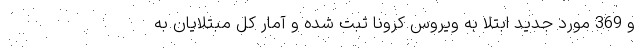
و 369 مورد جدید ابتلا به ویروس کرونا ثبت شده و آمار کل مبتلایان به